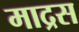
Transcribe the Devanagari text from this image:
माद्रस